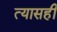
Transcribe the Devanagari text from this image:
त्यासही